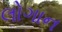
લોગાન